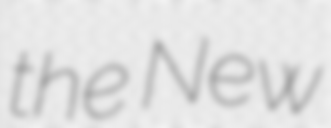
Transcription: the New